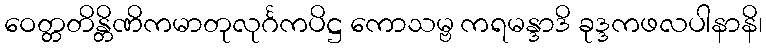
ဝေတ္တတိန္တိဏိကမာတုလုင်္ဂကပိဋ္ဌ ကောသမ္ဗ ကရမန္ဒာဒိ ခုဒ္ဒကဖလပါနာနိ၊